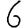
Digit: 6